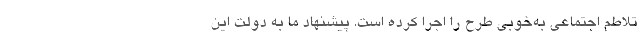
تلاطم اجتماعی به‌خوبی طرح را اجرا کرده است. پیشنهاد ما به دولت این